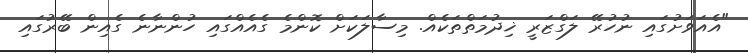
"އެއަވަށުގައި ނުހުރޭ ލަގްޒަރީ ޚިދުމަތްތަކެއް. މިސާލަކަށް ކޮންމެ ގެއެއްގައި ހުންނާނެ ގެއިން ބޭރުގައި